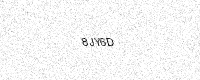
Text: 8JY6D